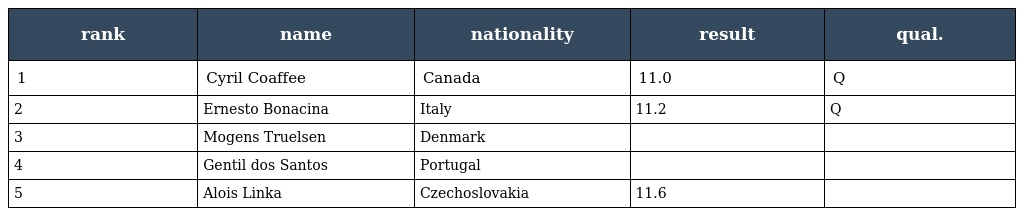
| rank | name | nationality | result | qual. |
 | --- | --- | --- | --- | --- |
 | 1 | Cyril Coaffee | Canada | 11.0 | Q |
 | 2 | Ernesto Bonacina | Italy | 11.2 | Q |
 | 3 | Mogens Truelsen | Denmark |  |  |
 | 4 | Gentil dos Santos | Portugal |  |  |
 | 5 | Alois Linka | Czechoslovakia | 11.6 |  |